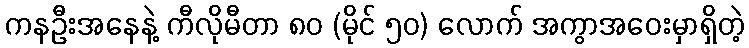
ကနဦးအနေနဲ့ ကီလိုမီတာ ၈၀ (မိုင် ၅၀) လောက် အကွာအဝေးမှာရှိတဲ့